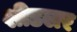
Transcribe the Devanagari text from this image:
शीडलर